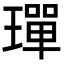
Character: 𤩧